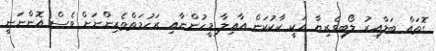
ގޮތައް ބަލާއިރު ލޯބިވެރިޔާ އަކީ ކާކުކަން އާއިލާ މީހުންނާއި ރަހުމަތްތެރިންނަށް ވެސް އޮންނަނީ